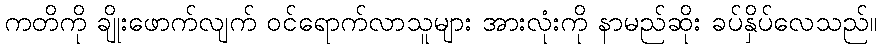
ကတိကို ချိုးဖောက်လျက် ဝင်ရောက်လာသူများ အားလုံးကို နာမည်ဆိုး ခပ်နှိပ်လေသည်။